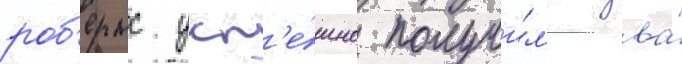
роб'ертс усп'е́шно получи́л'и два́